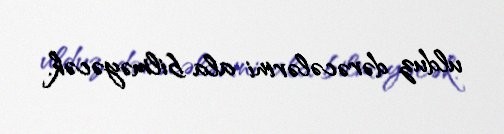
ulduz dərəcələrini ala bilməyəcək.